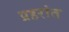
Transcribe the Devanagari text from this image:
प्रहरांत